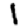
Digit: 1